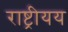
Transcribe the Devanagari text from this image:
राष्ट्रीयय